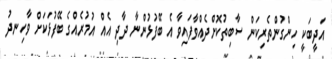
އަދީބަކީ ހިންގުންތެރިކަން ސާބިތުކޮށްދެއްވާފައިވާ އެ ބޭފުޅުންނާ ދާދި އެއް އުމުރެއްގެ ބޭފުޅަކަށް ވާހިނދު